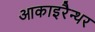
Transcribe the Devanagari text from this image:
आकाइरैन्थर